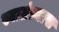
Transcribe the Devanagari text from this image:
स्वातंत्र्यास